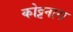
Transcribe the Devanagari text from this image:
कोट्टनारा